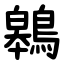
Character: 鷎